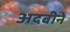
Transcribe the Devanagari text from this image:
अदबीने